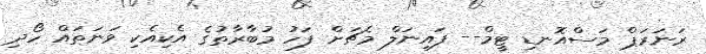
ރަނަރަޕް މަސްއޮނޑި ޓީމް-- ފައިނަލް މެޗަށް ފަހު މުބާރާތުގެ އެކިއެކި ވަނަތައް ހޯދި